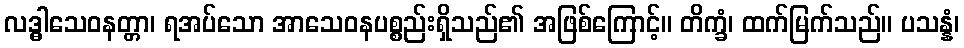
လဒ္ဓါသေဝနတ္တာ၊ ရအပ်သော အာသေဝနပစ္စည်းရှိသည်၏ အဖြစ်ကြောင့်။ တိက္ခံ၊ ထက်မြက်သည်။ ပသန္နံ၊